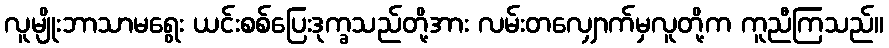
လူမျိုးဘာသာမရွေး ယင်းစစ်ပြေးဒုက္ခသည်တို့အား လမ်းတလျှောက်မှလူတို့က ကူညီကြသည်။